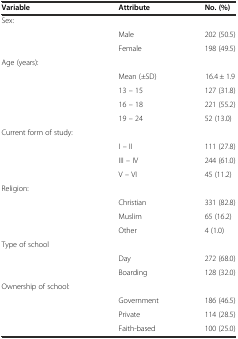
| Variable | Attribute | No. (%) |
 | --- | --- | --- |
 | Sex: |  |  |
 |  | Male | 202 (50.5) |
 |  | Female | 198 (49.5) |
 | Age (years): |  |  |
 |  | Mean (±SD) | 16.4 ± 1.9 |
 |  | 13 – 15 | 127 (31.8) |
 |  | 16 – 18 | 221 (55.2) |
 |  | 19 – 24 | 52 (13.0) |
 | Current form of study: |  |  |
 |  | I – II | 111 (27.8) |
 |  | III – IV | 244 (61.0) |
 |  | V – VI | 45 (11.2) |
 | Religion: |  |  |
 |  | Christian | 331 (82.8) |
 |  | Muslim | 65 (16.2) |
 |  | Other | 4 (1.0) |
 | Type of school |  |  |
 |  | Day | 272 (68.0) |
 |  | Boarding | 128 (32.0) |
 | Ownership of school: |  |  |
 |  | Government | 186 (46.5) |
 |  | Private | 114 (28.5) |
 |  | Faith-based | 100 (25.0) |